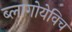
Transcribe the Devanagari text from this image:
ब्लागोयेविच